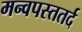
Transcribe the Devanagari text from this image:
मन्वपस्ततर्द